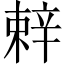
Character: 辢